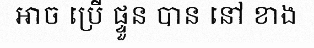
អាច ប្រើ ផ្ទួន បាន នៅ ខាង